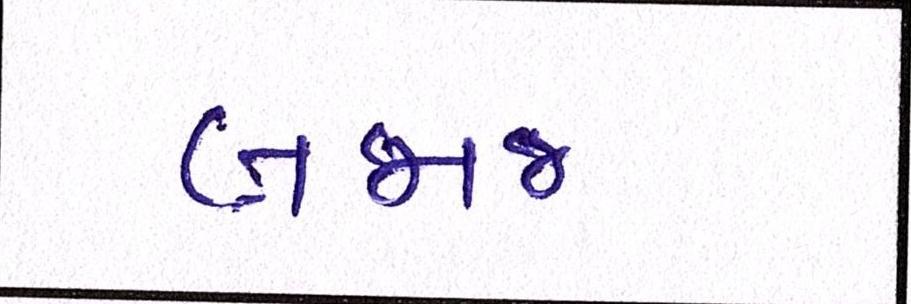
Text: બજાજ